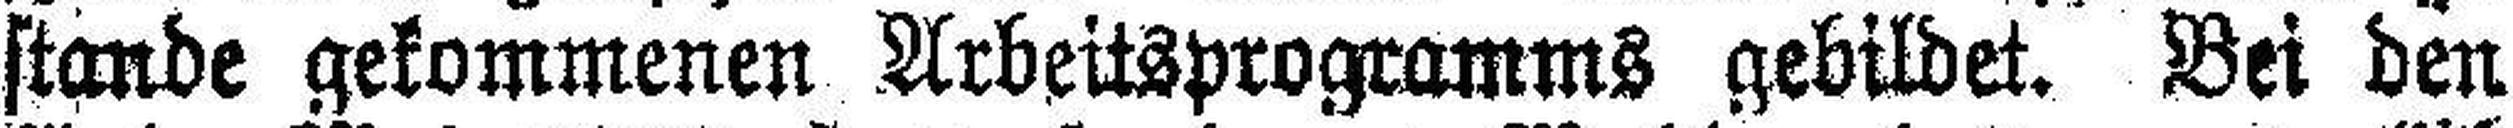
stande gekommenen Arbeitsprogramms gebildet. Bei den